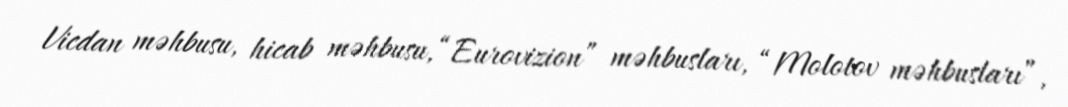
Vicdan məhbusu, hicab məhbusu, “Eurovizion” məhbusları, “Molotov məhbusları”,